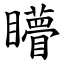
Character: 矒